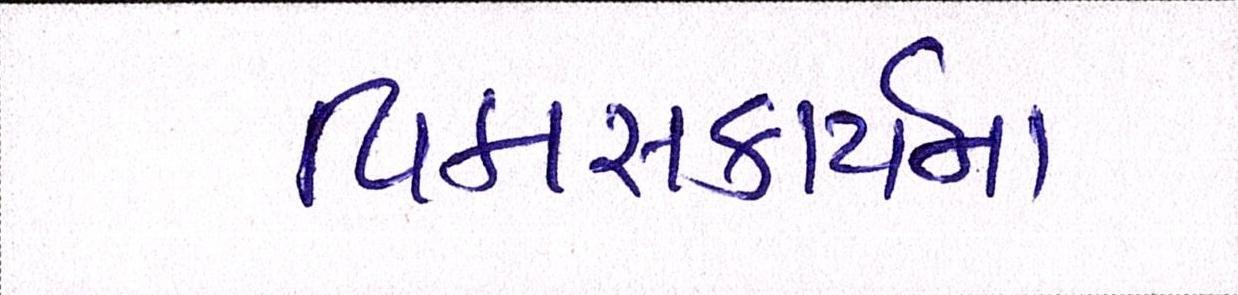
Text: વિકાસકાર્યના